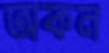
অকন